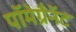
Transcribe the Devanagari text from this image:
पॉमेग्रैनॅट